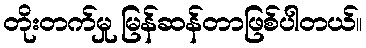
တိုးတက်မှု မြန်ဆန်တာဖြစ်ပါတယ်။